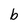
Character: b